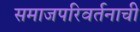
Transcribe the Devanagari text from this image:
समाजपरिवर्तनाची